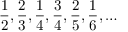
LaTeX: { \frac { 1 } { 2 } } , { \frac { 2 } { 3 } } , { \frac { 1 } { 4 } } , { \frac { 3 } { 4 } } , { \frac { 2 } { 5 } } , { \frac { 1 } { 6 } } , \dots